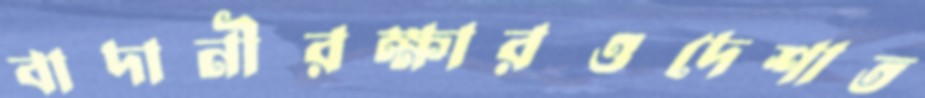
বাদানীরক্ষারওদেশাত